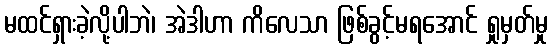
မထင်ရှားခဲ့လို့ပါဘဲ၊ အဲဒါဟာ ကိလေသာ ဖြစ်ခွင့်မရအောင် ရှုမှတ်မှု